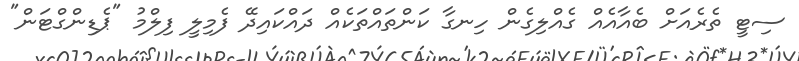
ސިޓީ ތެރެއަށް ބެއާއެއް ގެއްލިގެން ހިނގާ ކަންތައްތަކެއް ދައްކައިދޭ ފެމިލީ ފިލްމު "ޕެޑިންގްޓަން"